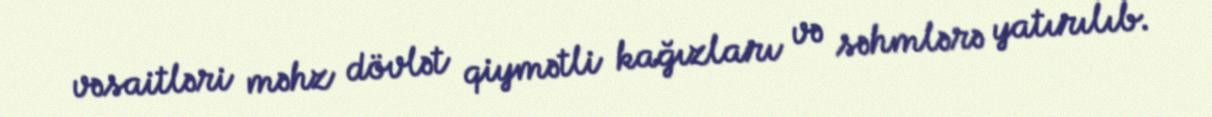
vəsaitləri məhz dövlət qiymətli kağızları və səhmlərə yatırılıb.